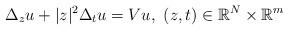
LaTeX: \begin{align*} \Delta_z u + |z|^2 \Delta_{t} u = Vu,\ (z, t) \in \mathbb{R}^N \times \mathbb{R}^m\end{align*}